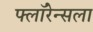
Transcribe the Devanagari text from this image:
फ्लॉरेन्सला